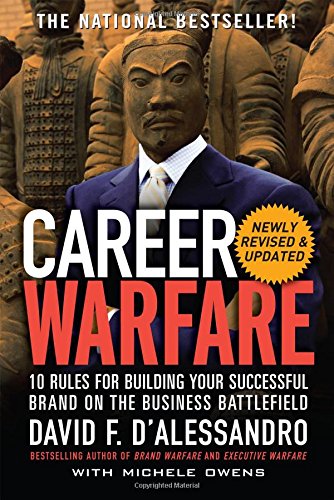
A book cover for Career Warfare: 10 Rules for Building a Successful Personal Brand on the Business Battlefield; David D'Alessandro; Medical Books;